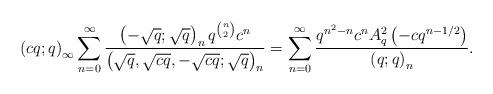
LaTeX: \begin{align*}\left(cq;q\right)_{\infty}\sum_{n=0}^{\infty}\frac{\left(-\sqrt{q};\sqrt{q}\right)_{n}q^{\binom{n}{2}}c^{n}}{\left(\sqrt{q},\sqrt{cq},-\sqrt{cq};\sqrt{q}\right)_{n}}=\sum_{n=0}^{\infty}\frac{q^{n^{2}-n}c^{n}A_{q}^{2}\left(-cq^{n-1/2}\right)}{\left(q;q\right)_{n}}.\end{align*}